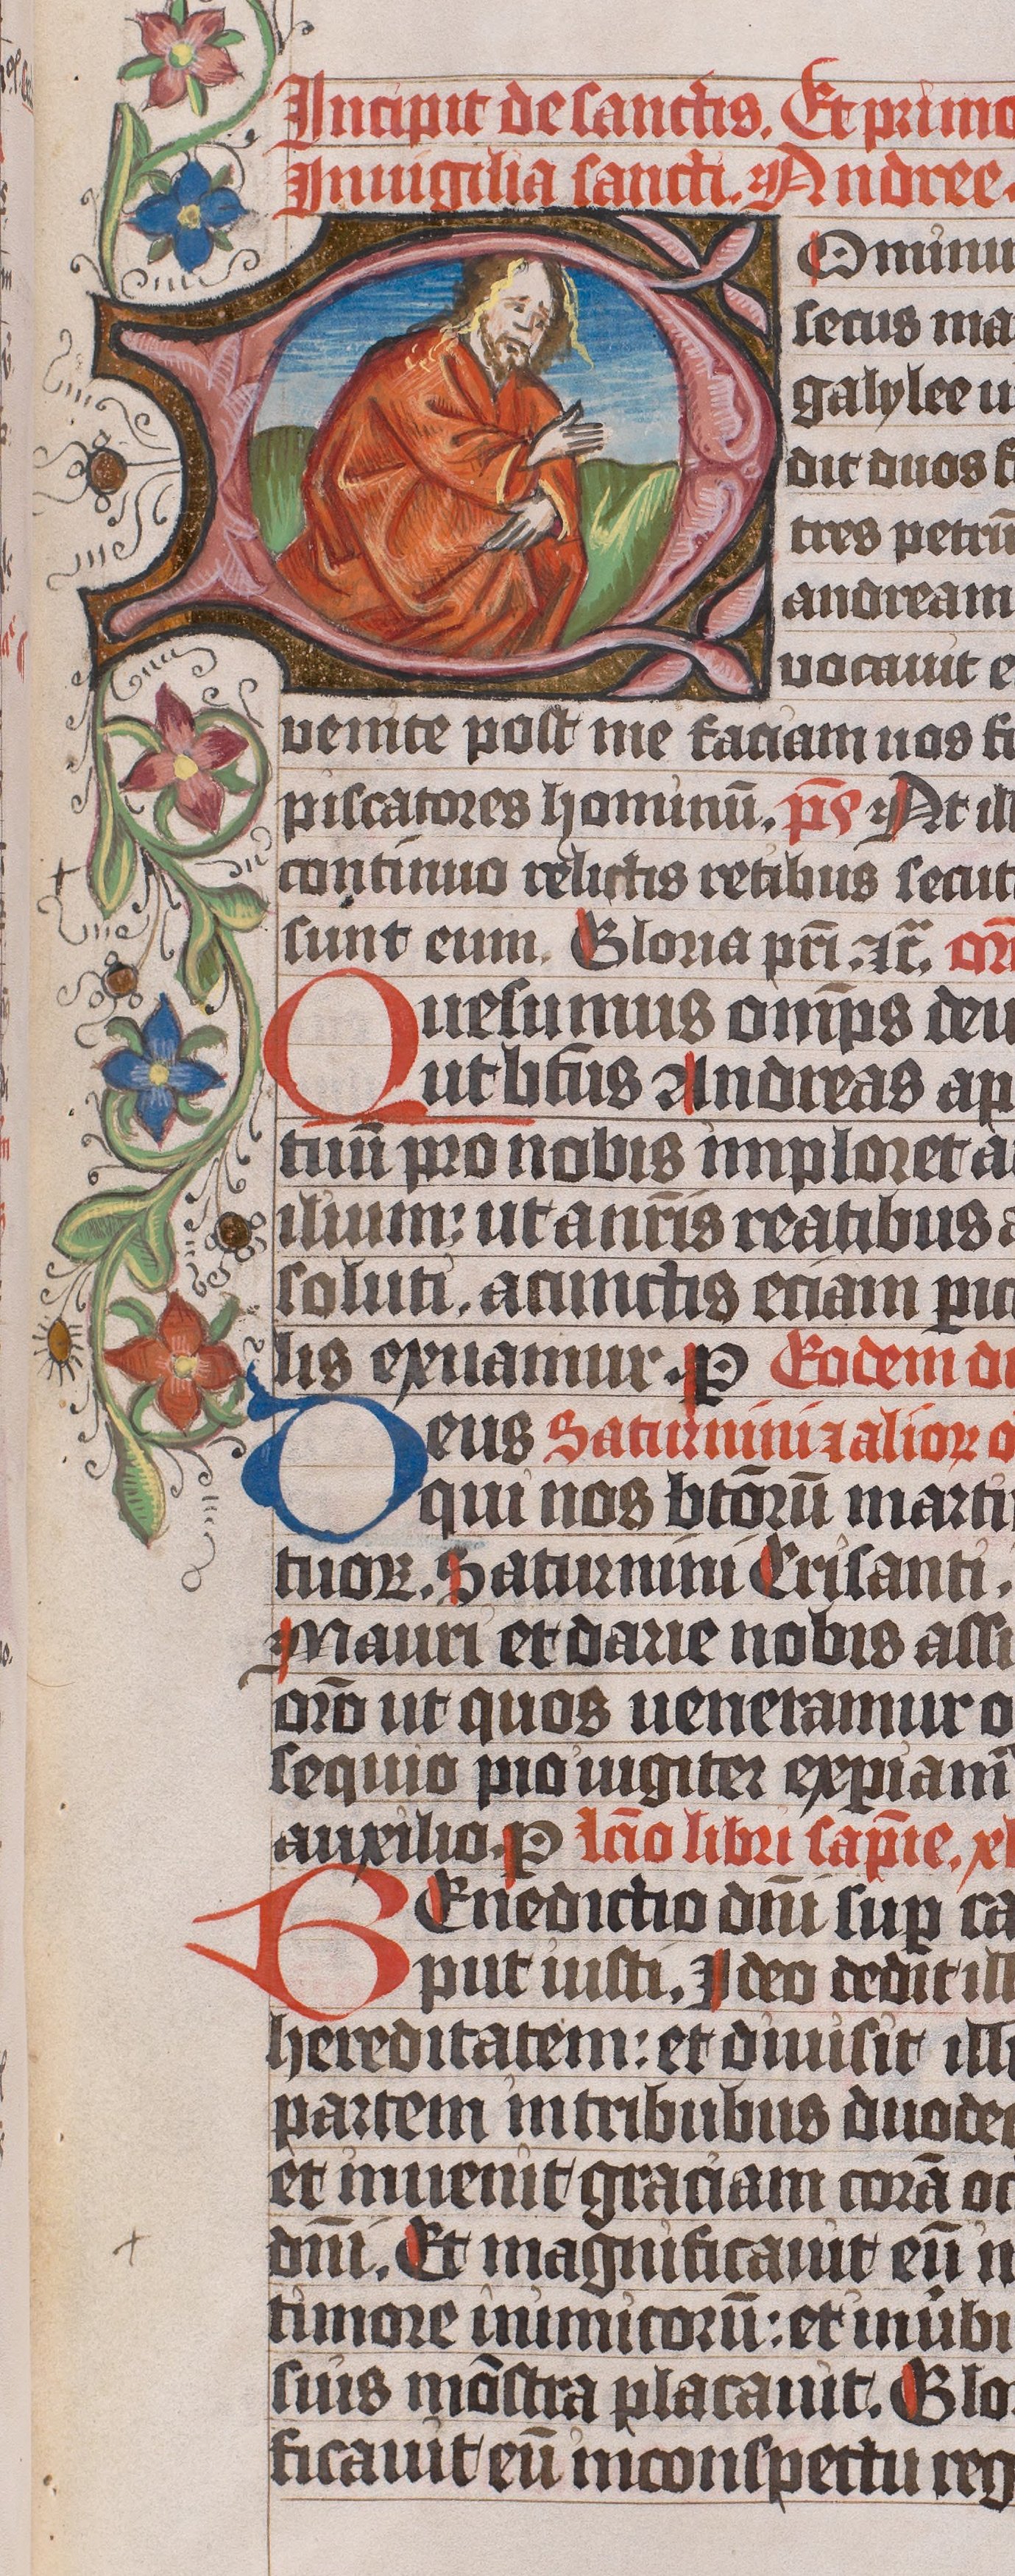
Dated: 1445–1475